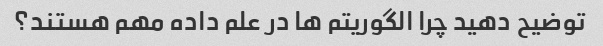
توضیح دهید چرا الگوریتم ها در علم داده مهم هستند؟